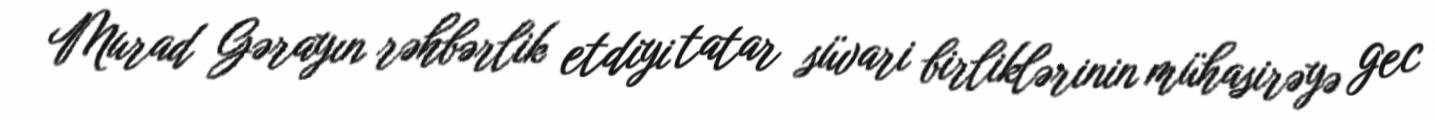
Murad Gərayın rəhbərlik etdiyi tatar süvari birliklərinin mühasirəyə gec